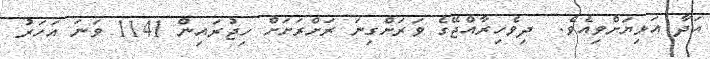
އަދާ އަޅިޔަށްވިއެވެ.  ދިވެހިރާއްޖޭގެ ވަރަށްގިނަ ރަށްރަށަށް ހިޖުރައިން 1141 ވަނަ އަހަރު